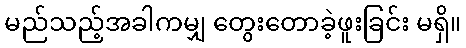
မည်သည့်အခါကမျှ တွေးတောခဲ့ဖူးခြင်း မရှိ။